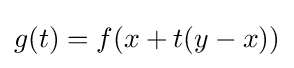
{\textstyle g(t)=f(x+t(y-x))}